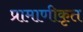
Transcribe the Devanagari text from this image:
प्रामाणीकृत